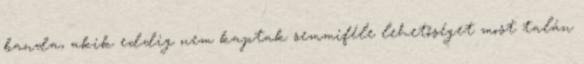
banda, akik eddig nem kaptak semmiféle lehetőséget most talán